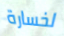
لخسارة